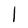
Character: I